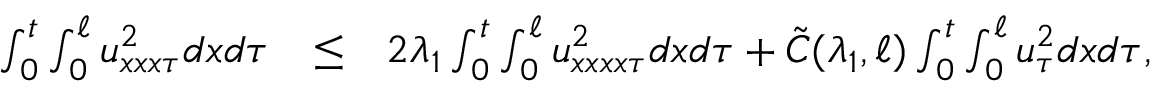
\begin{array} { r l r } { \int _ { 0 } ^ { t } \int _ { 0 } ^ { \ell } u _ { x x x \tau } ^ { 2 } d x d \tau } & { \leq } & { 2 \lambda _ { 1 } \int _ { 0 } ^ { t } \int _ { 0 } ^ { \ell } u _ { x x x x \tau } ^ { 2 } d x d \tau + \tilde { C } ( \lambda _ { 1 } , \ell ) \int _ { 0 } ^ { t } \int _ { 0 } ^ { \ell } u _ { \tau } ^ { 2 } d x d \tau , } \end{array}